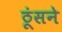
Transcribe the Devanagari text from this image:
ठूंसने